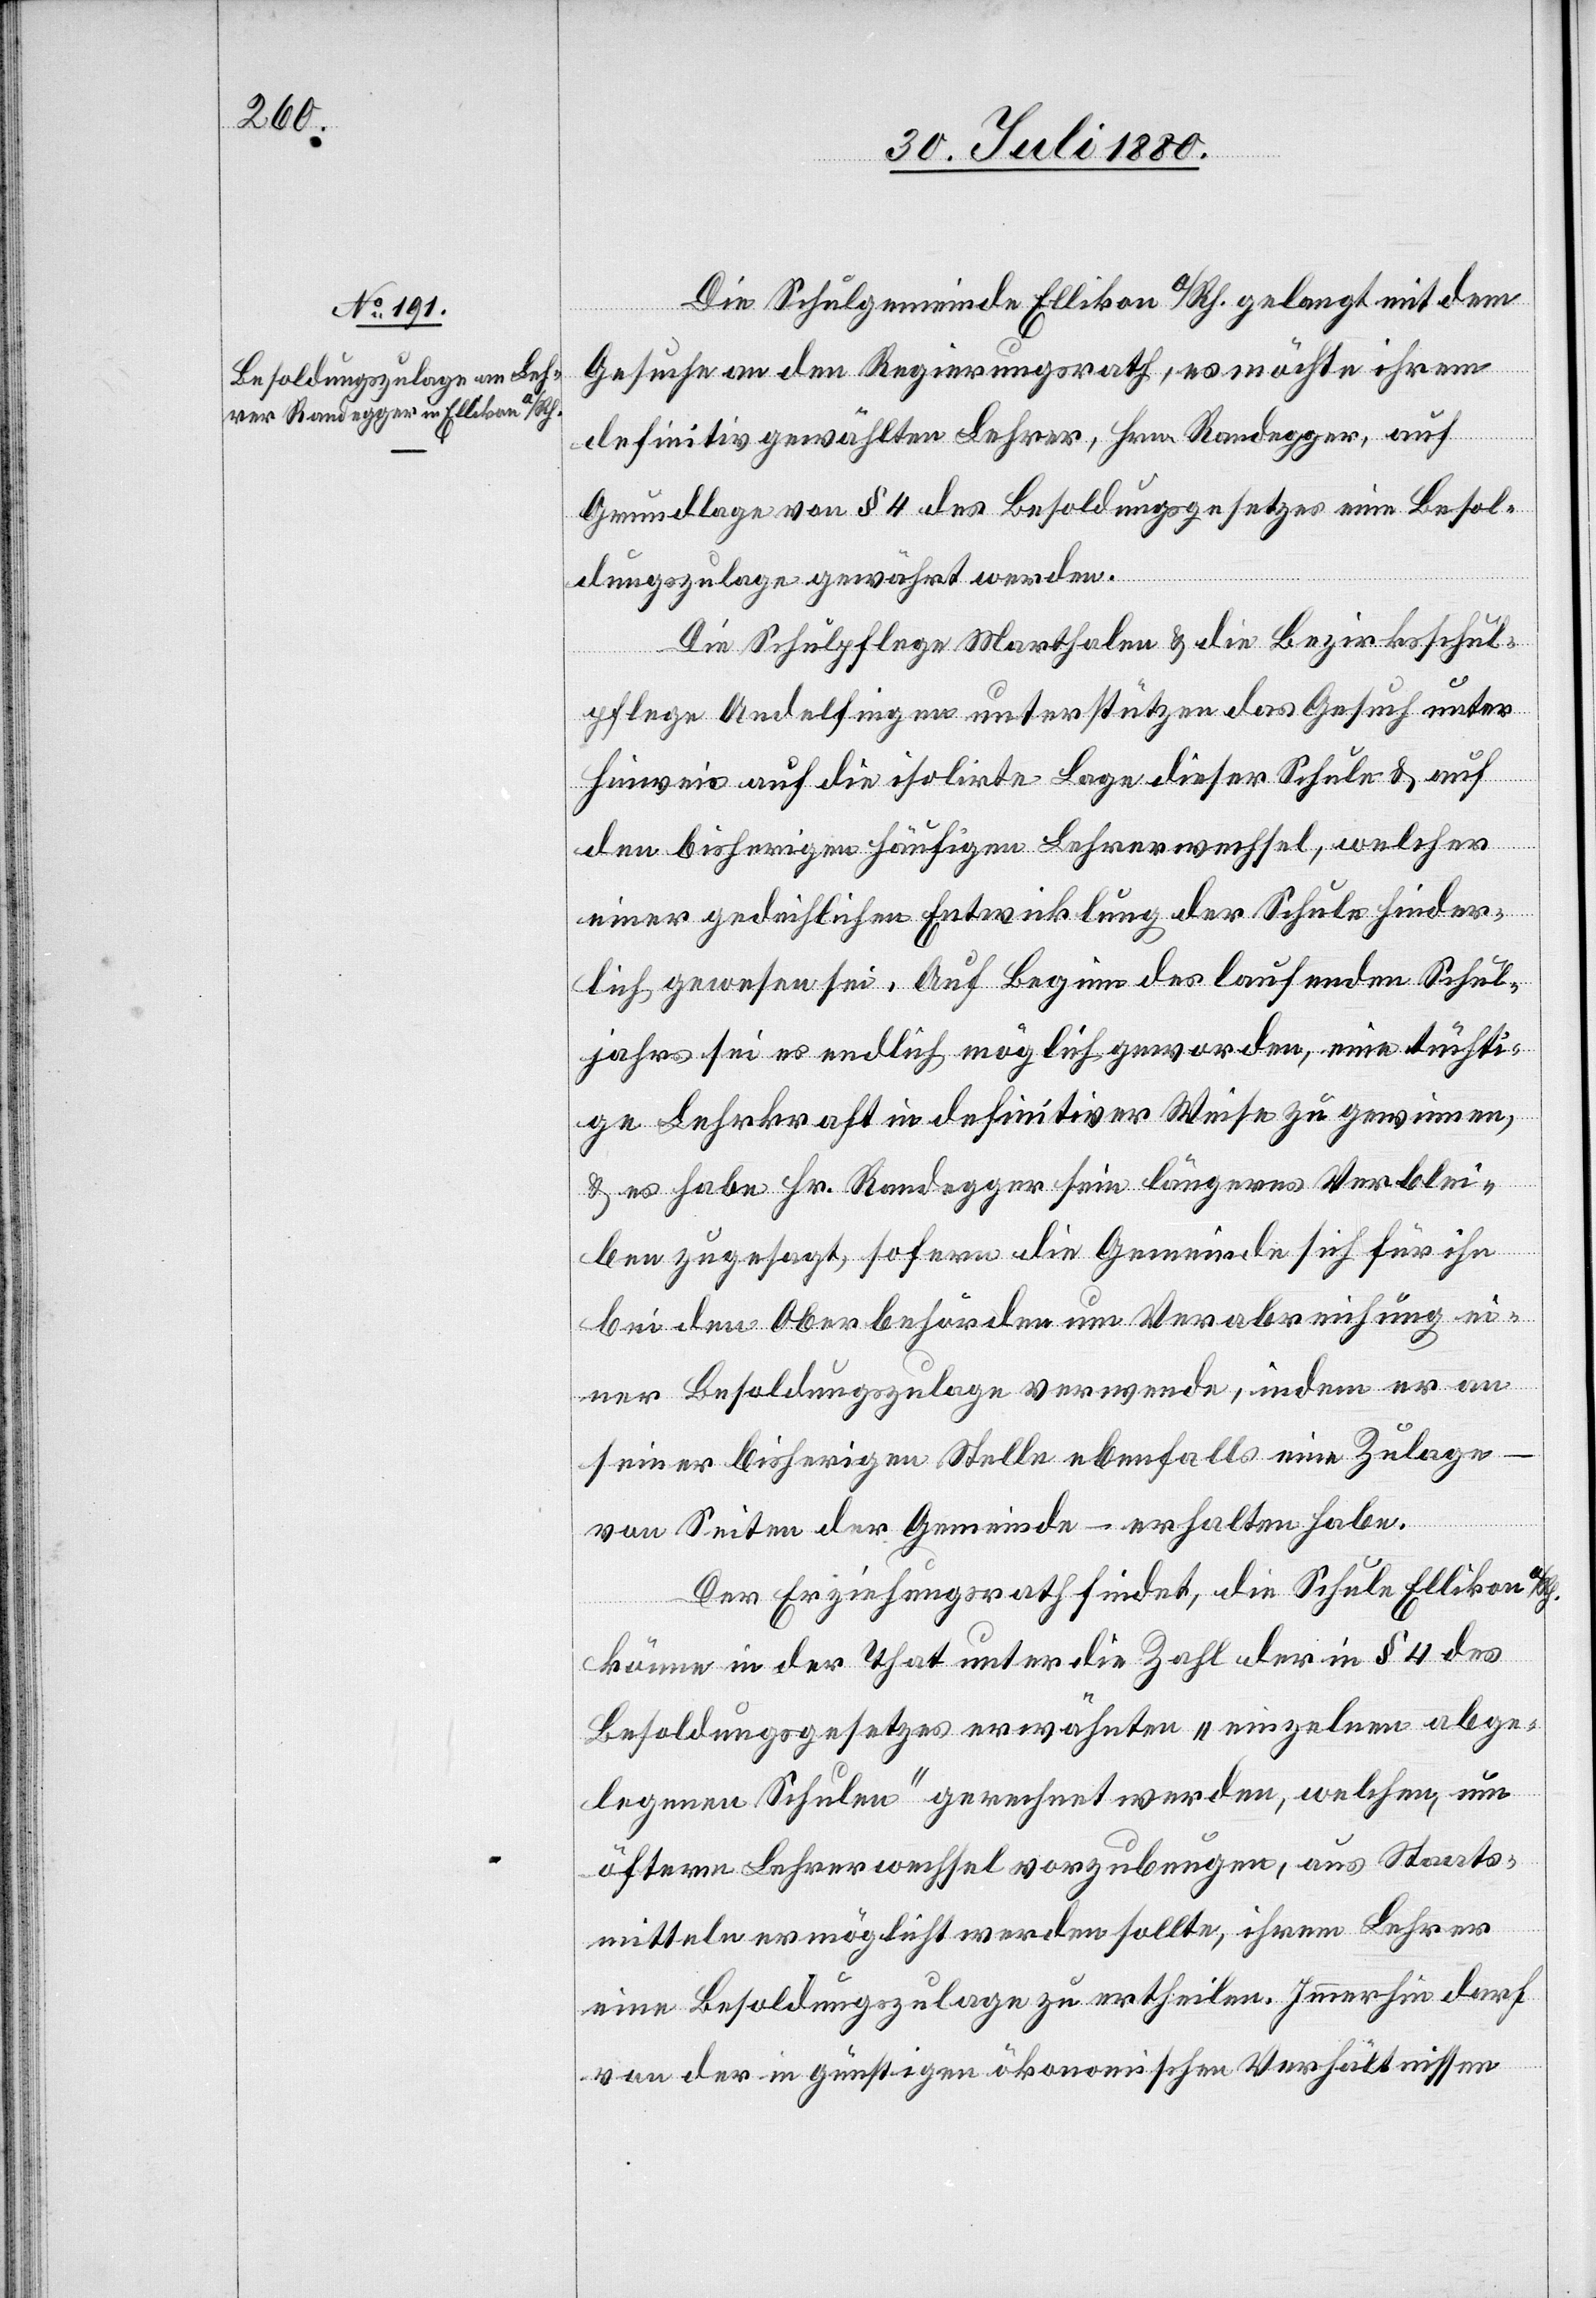
Die Schulgemeinde Ellikon a/Rh. gelangt mit dem
Gesuche an den Regierungsrath, es möchte ihrem
definitiv gewählten Lehrer, Hrn. Randegger, auf
Grundlage von § 4 des Besoldungsgesetzes eine Besol¬
dungszulage gewährt werden.
Die Schulpflege Marthalen & die Bezirksschul¬
pflege Andelfingen unterstützen das Gesuch unter
Hinweis auf die isolirte Lage dieser Schule & auf
den bisherigen häufigen Lehrerwechsel, welcher
einer gedeihlichen Entwicklung der Schule hinder¬
lich gewesen sei. Auf Beginn des laufenden Schul¬
jahres sei es endlich möglich geworden, eine tüchti¬
ge Lehrkraft in definitiver Weise zu gewinnen,
es habe Hr. Randegger sein längeres Verblei¬
ben zugesagt, sofern die Gemeinde sich für ihn
bei den Oberbehörden um Verabreichung ei¬
ner Besoldungszulage verwende, indem er an
seiner bisherigen Stelle ebenfalls eine Zulage
von Seiten der Gemeinde – erhalten habe.
Der Erziehungsrath findet, die Schule Ellikon
könne in der That unter die Zahl der in § 4 des
Besoldungsgesetzes erwähnten „einzelnen abge¬
legenen Schulen“ gerechnet werden, welchen, um
öfteren Lehrerwechsel vorzubeugen, aus Staats¬
mitteln ermöglicht werden sollte, ihrem Lehrer
eine Besoldungszulage zu ertheilen. Immerhin darf
von der in günstigen ökonomischen Verhältnissen